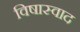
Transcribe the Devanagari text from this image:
विषास्वाद